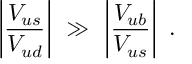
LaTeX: \left| \frac { V _ { u s } } { V _ { u d } } \right| \ \gg \ \left| \frac { V _ { u b } } { V _ { u s } } \right| \ .